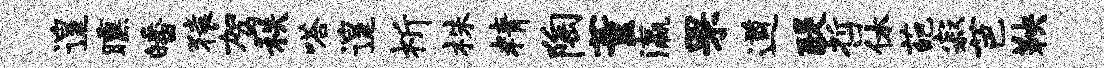
遑曛皤猿驾秩嗒遑祈株精陶董瀛罘遒醍哲休葩寂芭鞅